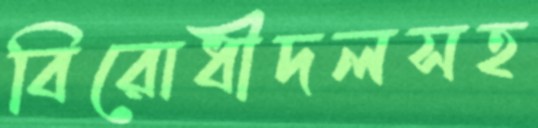
বিরোধীদলসহ